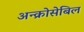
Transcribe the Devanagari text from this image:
अन्क्रोसेबिल